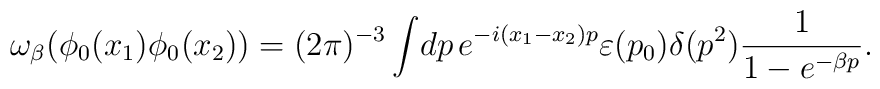
\omega_\beta (\phi_0 (x_1) \phi_0 (x_2)) =(2 \pi)^{-3} \int \! dp \,e^{-i(x_1-x_2)p} \varepsilon (p_{0})\delta (p^{2})\frac{1}{1-e^{-\beta p}}.